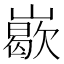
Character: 𡽙